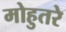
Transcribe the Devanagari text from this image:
मोहुतरे